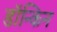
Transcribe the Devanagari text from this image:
डॉन्किन